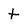
Character: t